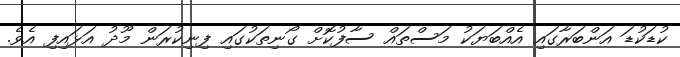
ކުޑަކުޑަ އަންބަރާގައި އެއްބަޔަކު މަސްތައް ސާފުކޮށް ގޯނިތަކުގައި ފިނިކުރަން މޫދު އަޅައިފި އެވެ.